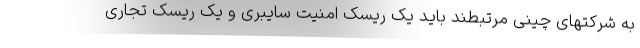
به شرکتهای چینی مرتبطند باید یک ریسک امنیت سایبری و یک ریسک تجاری